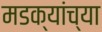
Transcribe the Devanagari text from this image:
मडक्यांच्या